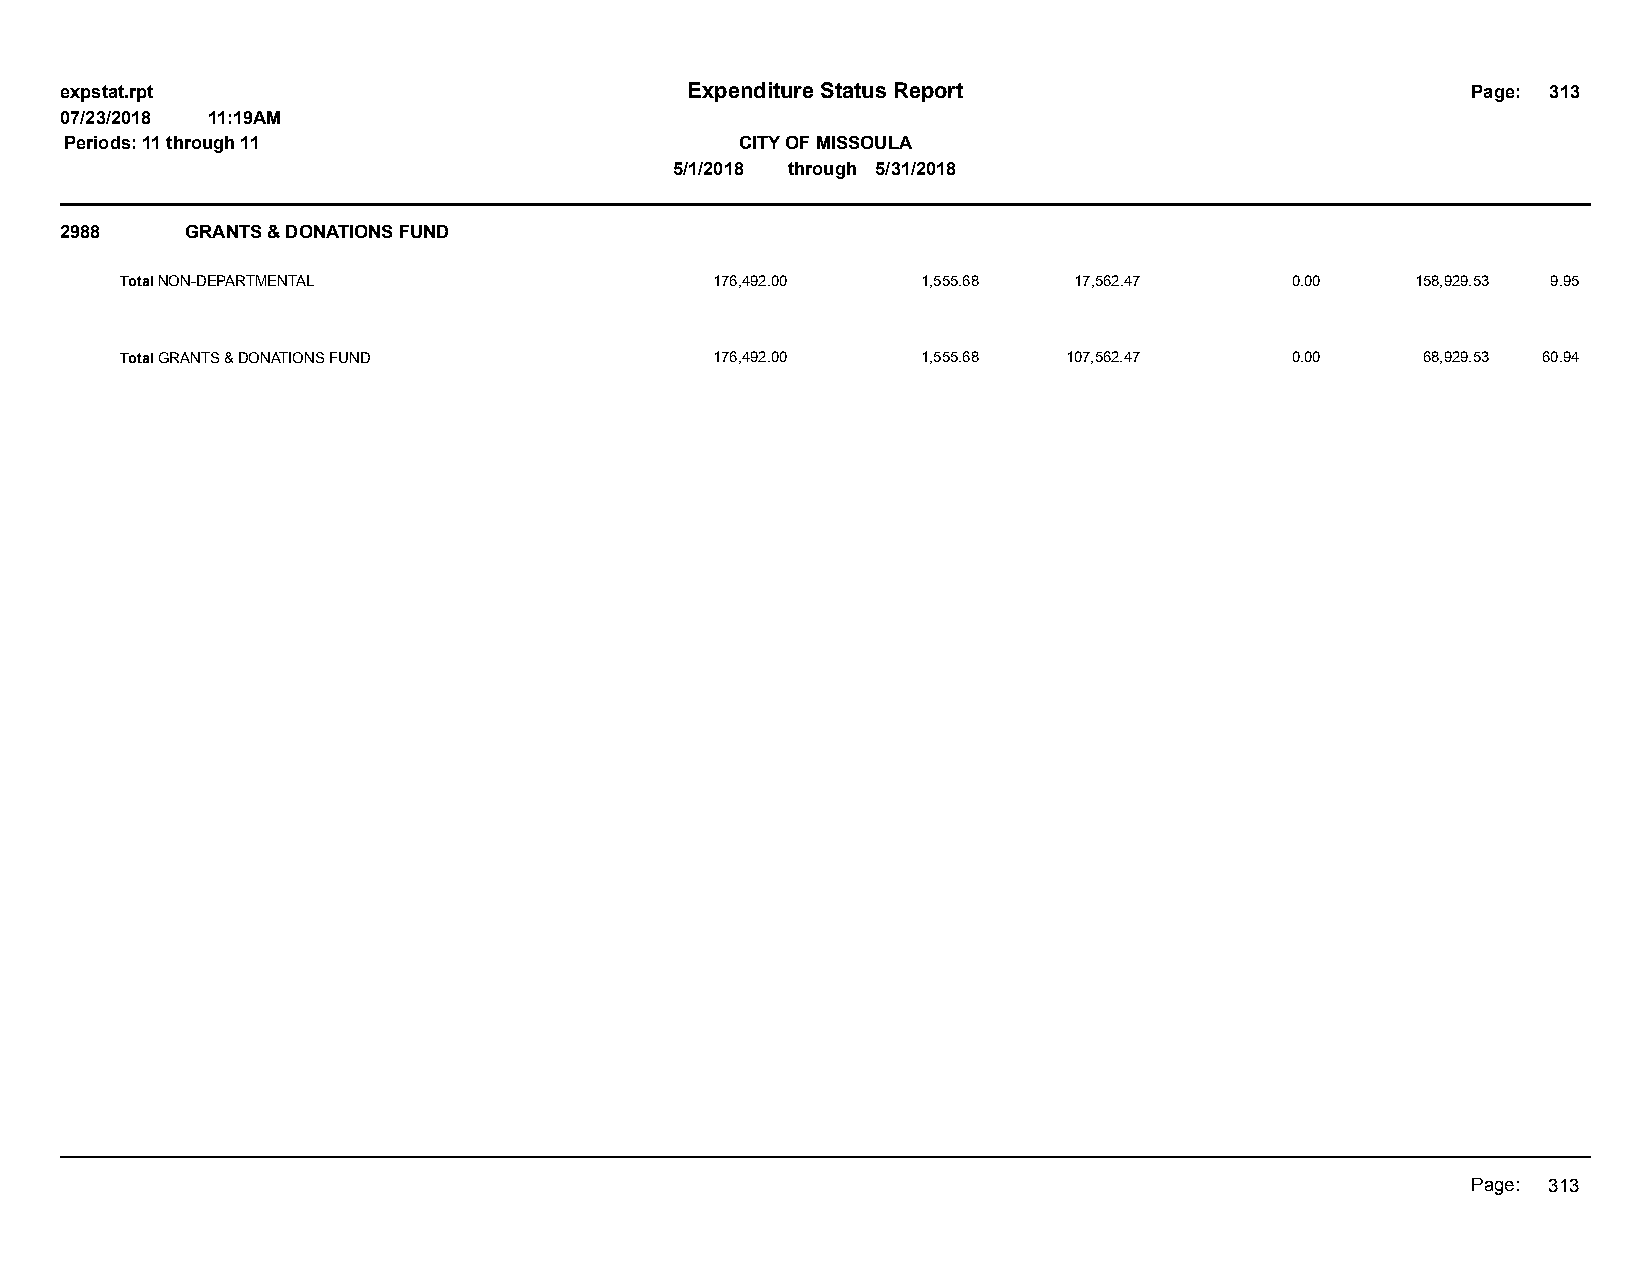
expstat.rpt                              Expenditure Status Report                           Page: 313
 07/23/2018 11:19AM
 Periods: 11 through 11                       CITY OF MISSOULA
 5/1/2018 through 5/31/2018
 2988    GRANTS & DONATIONS FUND
 Total NON-DEPARTMENTAL                 176,492.00    1,555.68  17,562.47     0.00     158,929.53 9.95
 Total GRANTS & DONATIONS FUND          176,492.00    1,555.68  107,562.47    0.00     68,929.53 60.94
 Page: 313